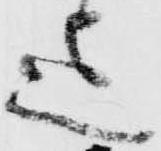
迄